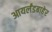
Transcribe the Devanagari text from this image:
आयर्लंडबाहेर